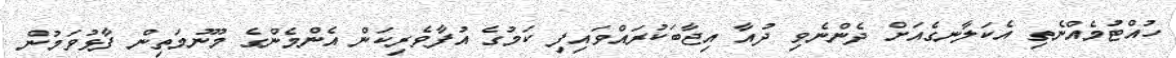
ހުއްޓުމެއްނެތި އެކަލާނގެއަށް ދެންނެވި ދުއާ އިޖާބަކުރައްވައިފި ކަމުގެ އުފާވެރިކަން އެންމެންގެ މޫނުމަތިން ފާޅުވަމުން